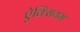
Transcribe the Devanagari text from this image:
ऐक्सियम